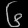
Digit: ၆